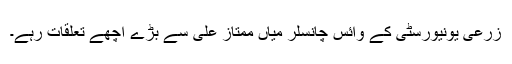
زرعی یونیورسٹی کے وائس چانسلر میاں ممتاز علی سے بڑے اچھے تعلقات رہے۔